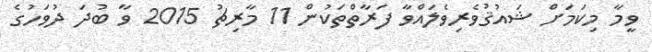
ވީމާ މިކަމަށް ޝައުޤުވެރިވެލައްވާ ފަރާތްތަކުން 11 މާރިޗު 2015 ވާ ބުދަ ދުވަހުގެ